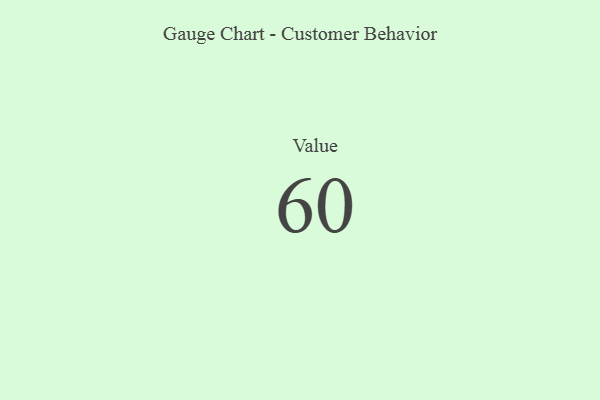
{"axis": {"x": "Metric", "y": "Value"}, "legend": [""], "data": [{"x": "Value", "y": 60, "type": ""}]}